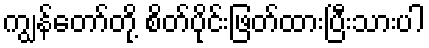
ကျွန်တော်တို့ စိတ်ပိုင်းဖြတ်ထားပြီးသားပါ